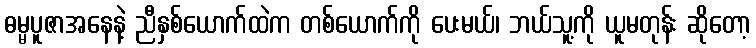
ဓမ္မပူဇာအနေနဲ့ ညီနှစ်ယောက်ထဲက တစ်ယောက်ကို ပေးမယ်၊ ဘယ်သူ့ကို ယူမတုန်း ဆိုတော့